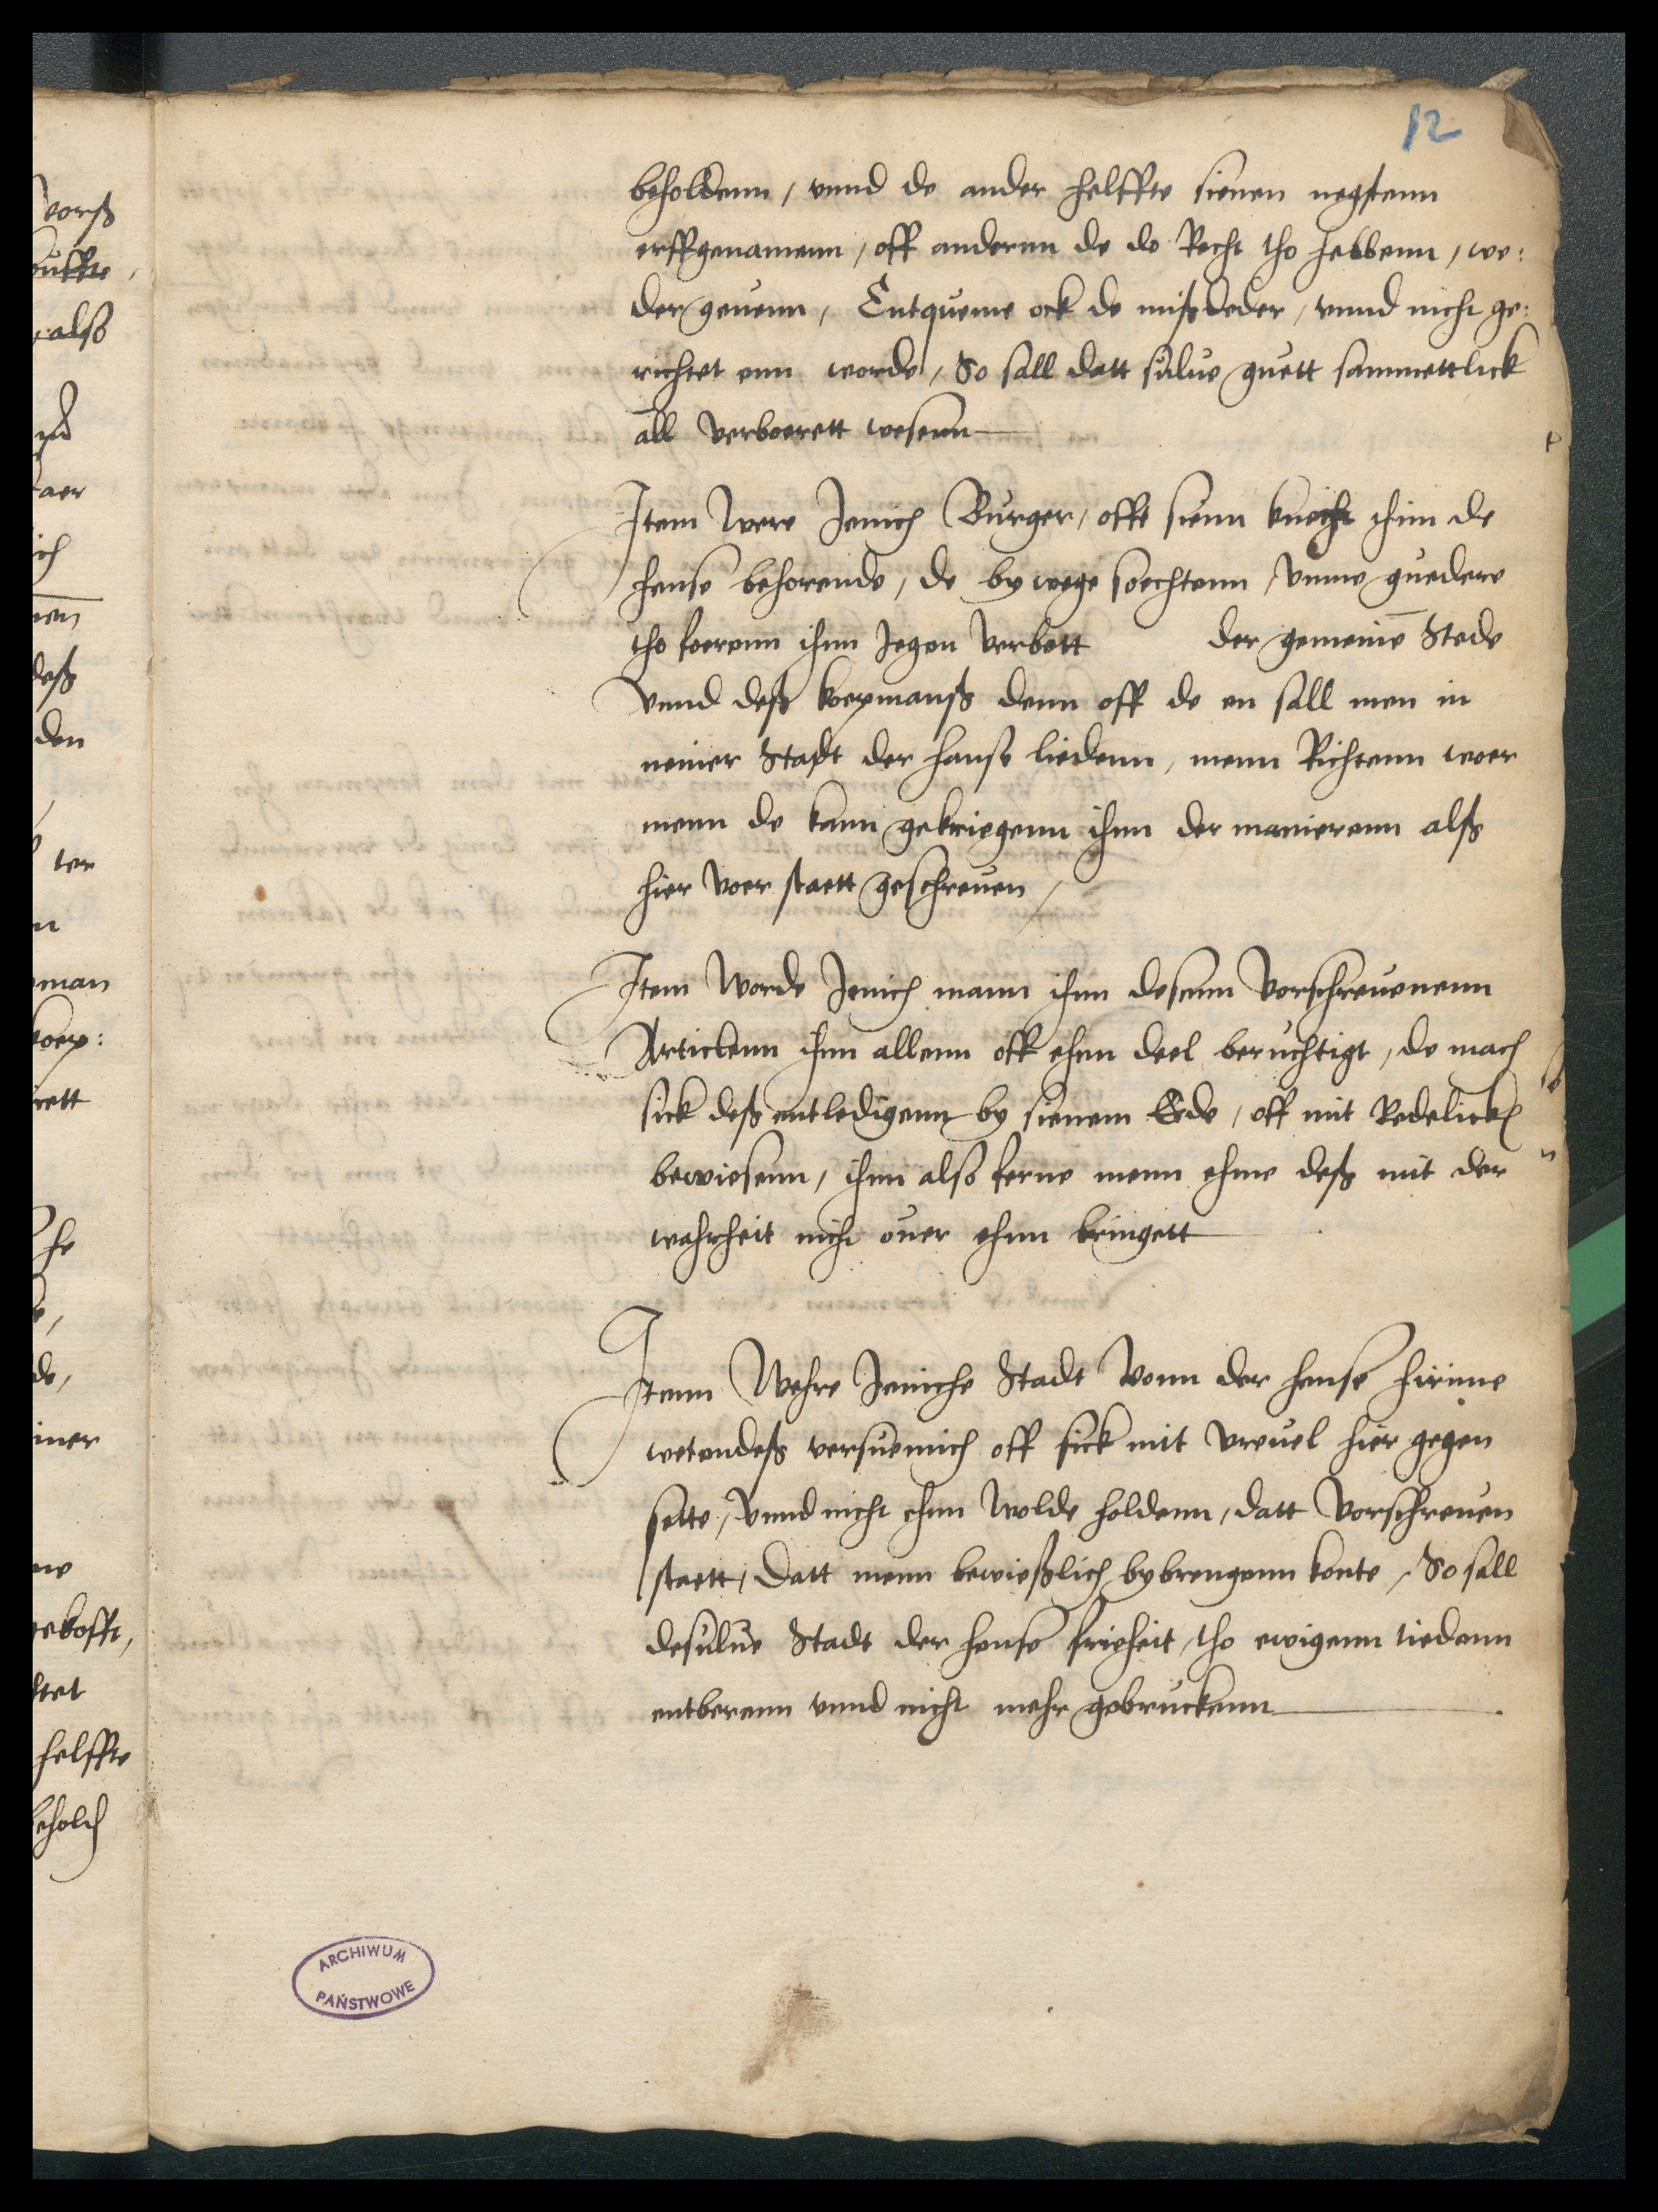
beholdenn, vnnd de ander helffte sienen negstenn
erffgenamenn, off andernn de do Recht tho hebbenn, we¬
der geuenn, Entqueme ock de mißdeder, vnnd nicht ge¬
richtet enn worde, So sall datt sulue guett sammettlick
all verboerett wesenn

Item were Jenich Burger, offt sienn knecht ihnn de
hense behorende, de by wege soechtenn, vmme guedere
tho foerenn ihnn Jegen verbott der gemeinen Stede
vnnd deß koepmanß denn off de en sall men in
neiner Stadt der hanse liedenn, menn Richtenn woer
menn de kann gekriegenn ihnn der manierenn alß
hier voer staett geschreuen,

Item worde Jenich mann ihnn desenn vorschreuenenn
Articlenn ihnn allenn off ehen deel beruchtigt, de mach
sick deß entledigenn by sienem Eide, off mit Redelicken
bewiesenn, ihnn also ferne menn ehme deß mit der
wahrheit nicht ouer ehnn bringett

Item Wehre Jeniche Stadt vonn der hense hirinne
wetendeß versuemich off sick mit vreuel hier gegen
sette, vnnd nicht ehnn wolde holdenn, datt vorschreuen
staett, datt menn bewießlich bybrengenn konte, So sall
desulue Stadt der hense frieheit, tho ewigenn tiedenn
entberenn vnnd nicht mehr gebruckenn